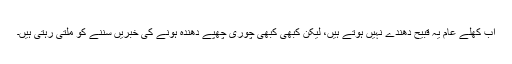
اب کھلے عام یہ قبیح دھندے نہیں ہوتے ہیں، لیکن کبھی کبھی چوری چھپے دھندہ ہونے کی خبریں سننے کو ملتی رہتی ہیں۔